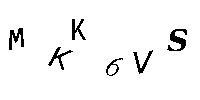
MKK6VS